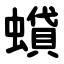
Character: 蟘